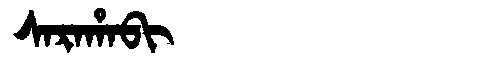
Manchu: ᠰᠠᡵᠠᡥᠠᠪᡳ
Romanization: SARAHABI